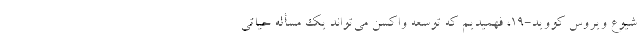
شیوع ویروس کووید-۱۹، فهمیدیم که توسعه واکسن می‌تواند یک مسأله حیاتی